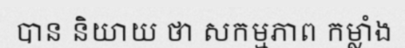
បាន និយាយ ថា សកម្មភាព កម្លាំង